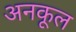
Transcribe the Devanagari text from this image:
अनकूल